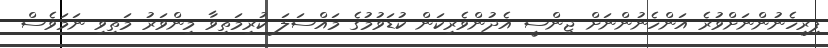
ފިރިހެނުންނަށްވުރެ އަންހެނުންނަށް ޖިންސީ އެދުންވެރިކަން ކުޑަވުމުގެ މައްސަލަ ކުރިމަތިވާ މިންވަރު މަތިވި ނަމަވެސް